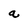
Character: a